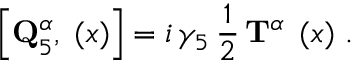
\left[ { \bf Q } _ { 5 } ^ { \alpha } , { \bf \Psi } ( x ) \right] = i \, \gamma _ { 5 } \, \frac 1 2 \, { \bf T } ^ { \alpha } \, { \bf \Psi } ( x ) \, \, .